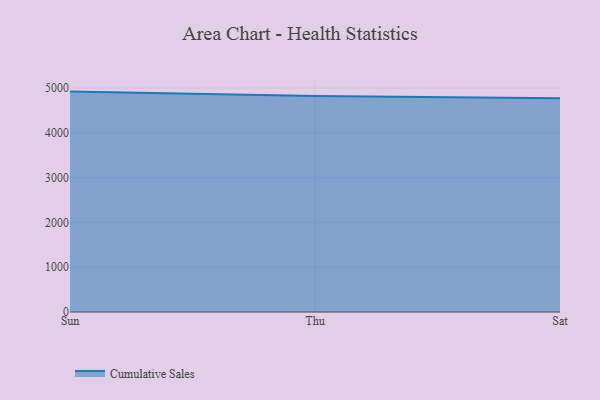
{"axis": {"x": "Day", "y": "Backlog"}, "legend": ["Cumulative Sales"], "data": [{"x": "Sun", "y": 4922.4, "type": "Cumulative Sales"}, {"x": "Thu", "y": 4822.9, "type": "Cumulative Sales"}, {"x": "Sat", "y": 4775.3, "type": "Cumulative Sales"}]}